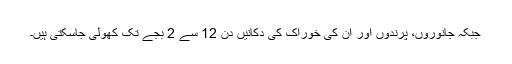
جبکہ جانوروں، پرندوں اور ان کی خوراک کی دکانیں دن 12 سے 2 بجے تک کھولی جاسکتی ہیں۔